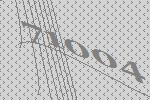
71004